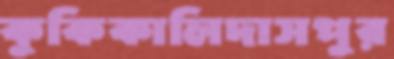
কুকিকালিদাসপুর